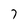
Character: 7